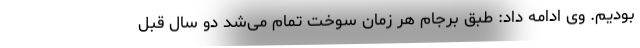
بودیم. وی ادامه داد: طبق برجام هر زمان سوخت تمام می‌شد دو سال قبل